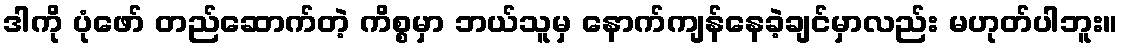
ဒါကို ပုံဖော် တည်ဆောက်တဲ့ ကိစ္စမှာ ဘယ်သူမှ နောက်ကျန်နေခဲ့ချင်မှာလည်း မဟုတ်ပါဘူး။